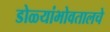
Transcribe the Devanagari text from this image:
डोळ्यांभोवतालचे